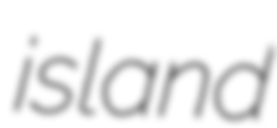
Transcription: island